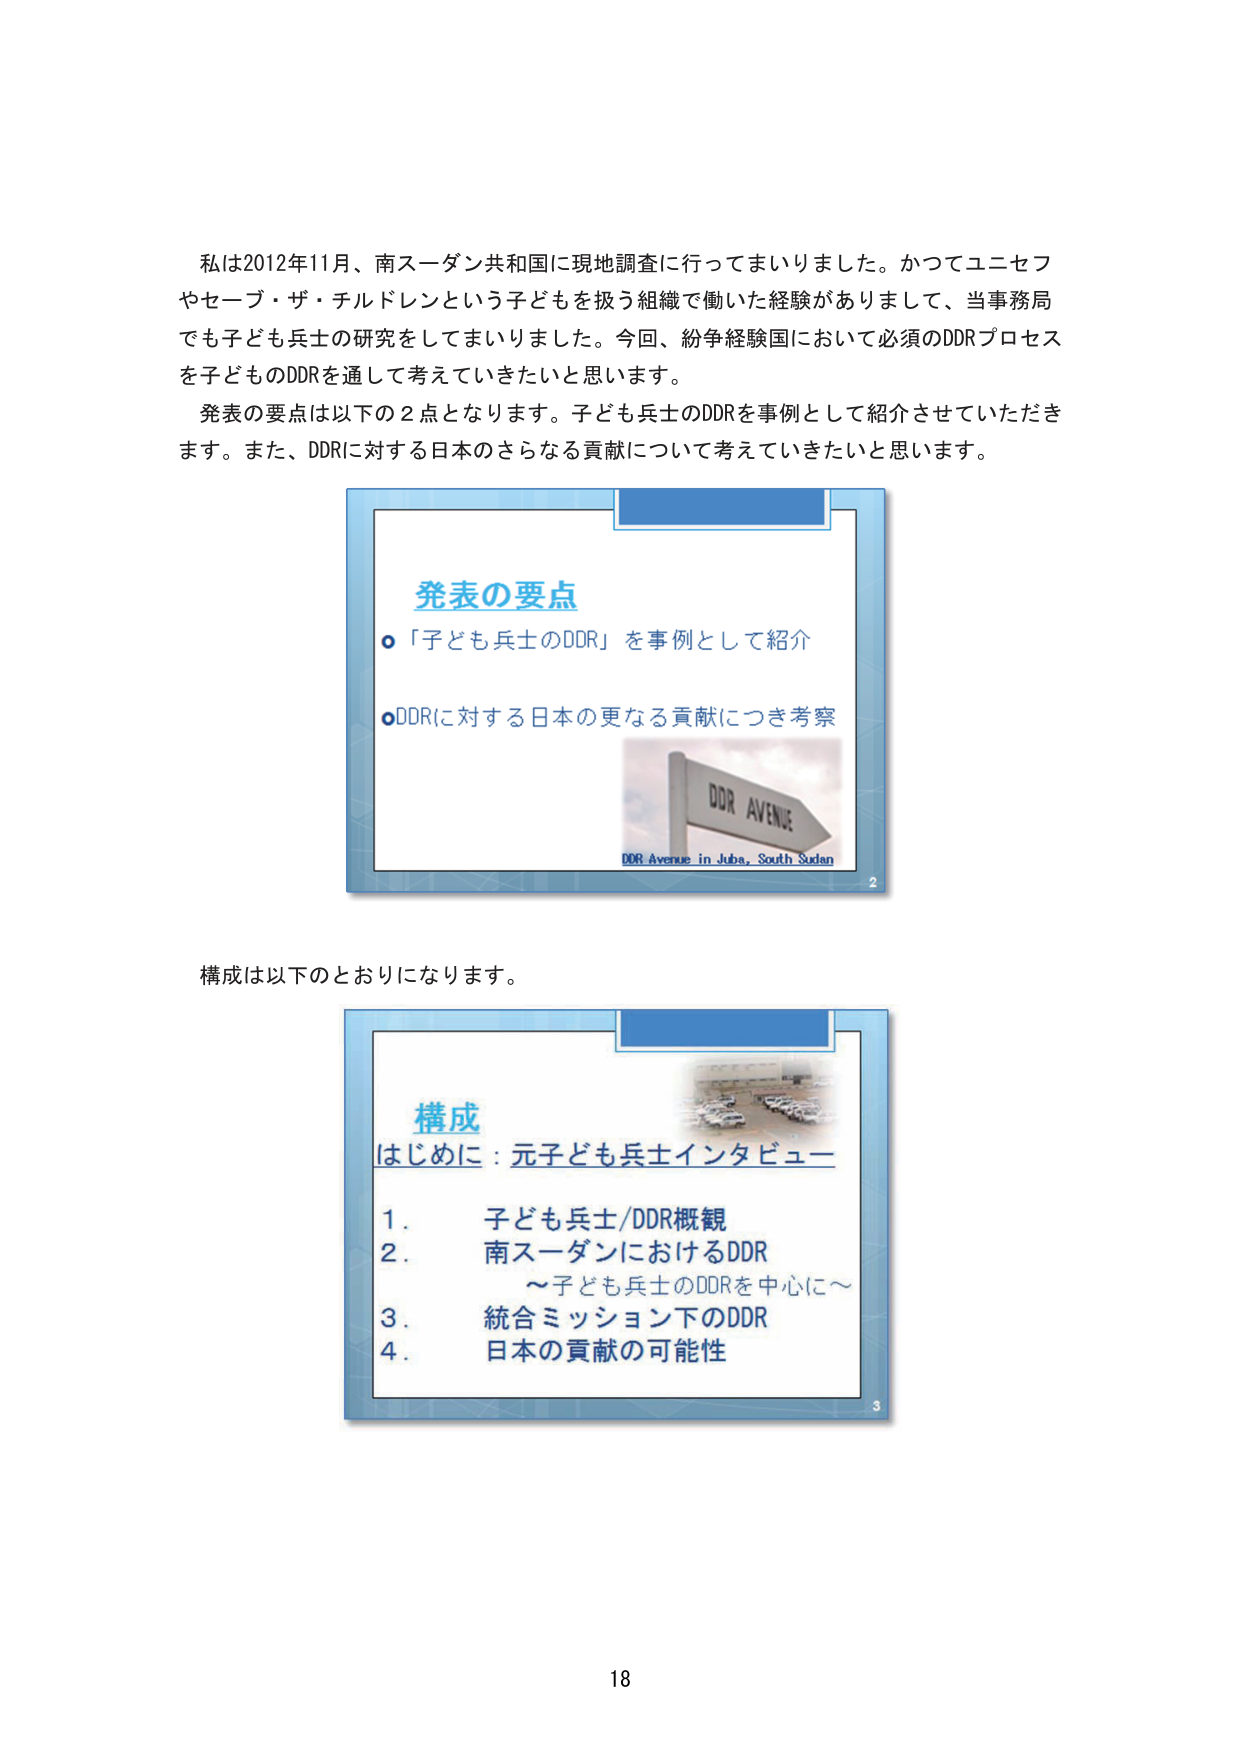
私は2012年11月、南スーダン共和国に現地調査に行ってまいりました。かつてユニセフやセーブ・ザ・チルドレンという子どもを扱う組織で働いた経験がありまして、当事務局でも子ども兵士の研究をしてまいりました。今回、紛争経験国において必須のDDRプロセスを子どものDDRを通して考えていきたいと思います。

発表の要点は以下の2点となります。子ども兵士のDDRを事例として紹介させていただきます。また、DDRに対する日本のさらなる貢献について考えていきたいと思います。

発表の要点
○「子ども兵士のDDR」を事例として紹介
○DDRに対する日本の更なる貢献につき考察
DDR AVENUE
DDR Avenue in Juba, South Sudan
2

構成は以下のとおりになります。

構成
はじめに：元子ども兵士インタビュー
1. 子ども兵士/DDR概観
2. 南スーダンにおけるDDR
　～子ども兵士のDDRを中心に～
3. 統合ミッション下のDDR
4. 日本の貢献の可能性
3

18